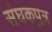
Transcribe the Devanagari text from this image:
संघकपुत्र